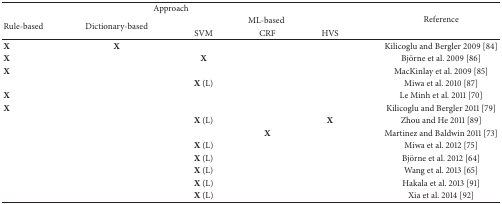
| <COLSPAN=5> Approach | <ROWSPAN=3> Reference |
 | <ROWSPAN=2> Rule-based | <ROWSPAN=2> Dictionary-based | <COLSPAN=3> ML-based |
 | SVM | CRF | HVS |
 | --- | --- | --- | --- | --- | --- |
 | X | X |  |  |  | Kilicoglu and Bergler 2009 [84] |
 | X |  | X |  |  | Björne et al. 2009 [86] |
 | X |  |  |  |  | MacKinlay et al. 2009 [85] |
 |  |  | X (L) |  |  | Miwa et al. 2010 [87] |
 | X |  |  |  |  | Le Minh et al. 2011 [70] |
 | X |  |  |  |  | Kilicoglu and Bergler 2011 [79] |
 |  |  | X (L) |  | X | Zhou and He 2011 [89] |
 |  |  |  | X |  | Martinez and Baldwin 2011 [73] |
 |  |  | X (L) |  |  | Miwa et al. 2012 [75] |
 |  |  | X (L) |  |  | Björne et al. 2012 [64] |
 |  |  | X (L) |  |  | Wang et al. 2013 [65] |
 |  |  | X (L) |  |  | Hakala et al. 2013 [91] |
 |  |  | X (L) |  |  | Xia et al. 2014 [92] |